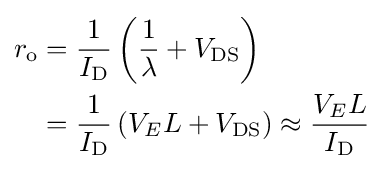
{\begin{aligned}r_{\text{o}}&={\frac {1}{I_{\text{D}}}}\left({\frac {1}{\lambda }}+V_{\text{DS}}\right)\\&={\frac {1}{I_{\text{D}}}}\left(V_{E}L+V_{\text{DS}}\right)\approx {\frac {V_{E}L}{I_{\text{D}}}}\end{aligned}}